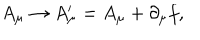
A _ { \mu } \rightarrow A _ { \mu } ^ { \prime } = A _ { \mu } + \partial _ { \mu } f ,